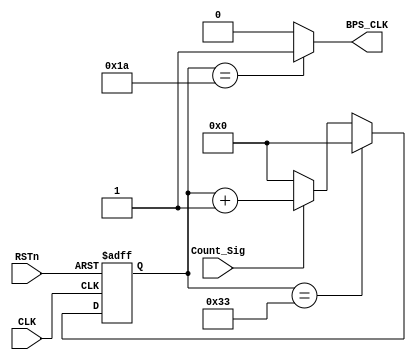
module rx_bps_module
(
   CLK, RSTn, Count_Sig, BPS_CLK
);

    input CLK;
	 input RSTn;
	 input Count_Sig;
	 output BPS_CLK;
	 
	 /***************************/
	 
	 reg [12:0]Count_BPS;
	 parameter BPS_T = 13'd52;	// 500KHZ/9600 = 13'd52
	 
	 always @ ( posedge CLK or negedge RSTn )
	   if( !RSTn )
		    Count_BPS <= 13'd0;
		else if( Count_BPS == BPS_T - 1 ) 
		    Count_BPS <= 13'd0;
		else if( Count_Sig )	//While Count_Sig = 1, Start Count BPS
		    Count_BPS <= Count_BPS + 1'b1;
		else
		    Count_BPS <= 13'd0;
			  
	 /********************************/

    assign BPS_CLK = ( Count_BPS == 12'd26 ) ? 1'b1 : 1'b0;

    /*********************************/

endmodule